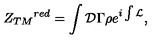
{ Z _ { T M } } ^ { r e d } = \int { \cal D } \Gamma \rho e ^ { i \int { \cal L } } ,